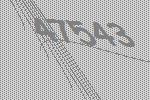
47543